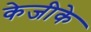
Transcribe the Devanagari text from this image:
केजीके